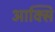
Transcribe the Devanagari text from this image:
आक्सि